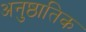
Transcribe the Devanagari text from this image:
अनुष्ठातिक